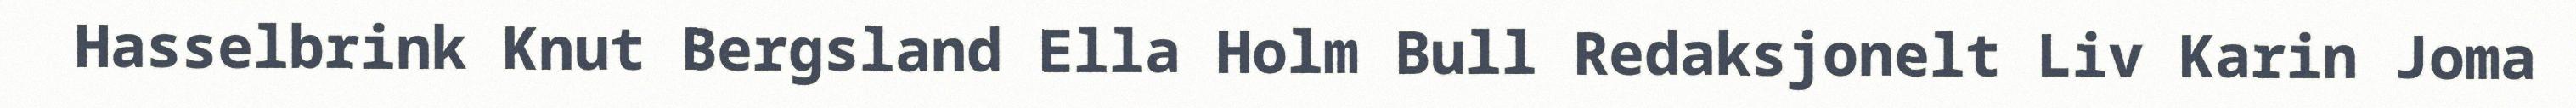
Hasselbrink Knut Bergsland Ella Holm Bull Redaksjonelt Liv Karin Joma